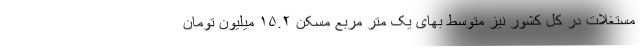
مستغلات در کل کشور نیز متوسط بهای یک متر مربع مسکن ۱۵.۲ میلیون تومان